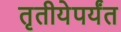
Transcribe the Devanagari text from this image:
तृतीयेपर्यंत